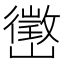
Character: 㠞